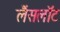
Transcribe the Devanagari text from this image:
लैंसलॉट